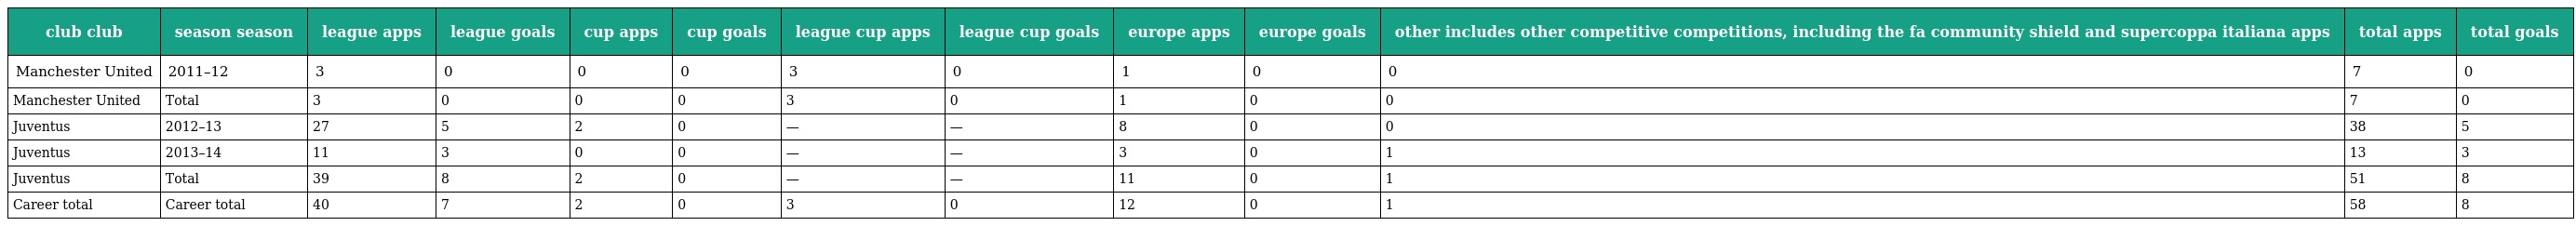
| club club | season season | league apps | league goals | cup apps | cup goals | league cup apps | league cup goals | europe apps | europe goals | other includes other competitive competitions, including the fa community shield and supercoppa italiana apps | total apps | total goals |
 | --- | --- | --- | --- | --- | --- | --- | --- | --- | --- | --- | --- | --- |
 | Manchester United | 2011–12 | 3 | 0 | 0 | 0 | 3 | 0 | 1 | 0 | 0 | 7 | 0 |
 | Manchester United | Total | 3 | 0 | 0 | 0 | 3 | 0 | 1 | 0 | 0 | 7 | 0 |
 | Juventus | 2012–13 | 27 | 5 | 2 | 0 | — | — | 8 | 0 | 0 | 38 | 5 |
 | Juventus | 2013–14 | 11 | 3 | 0 | 0 | — | — | 3 | 0 | 1 | 13 | 3 |
 | Juventus | Total | 39 | 8 | 2 | 0 | — | — | 11 | 0 | 1 | 51 | 8 |
 | Career total | Career total | 40 | 7 | 2 | 0 | 3 | 0 | 12 | 0 | 1 | 58 | 8 |